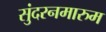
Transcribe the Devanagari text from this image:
सुंदरनमारुम